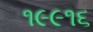
૧૯૯૧૬